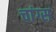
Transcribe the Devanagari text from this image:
चांग्स